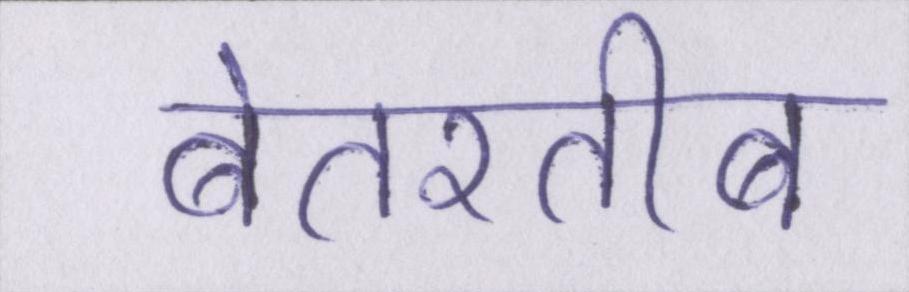
बेतरतीब